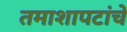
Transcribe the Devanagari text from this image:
तमाशापटांचे